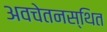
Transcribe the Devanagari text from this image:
अवचेतनस्थित